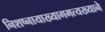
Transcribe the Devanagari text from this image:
निशष्नायाख्यागमत्यख्याने